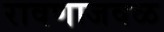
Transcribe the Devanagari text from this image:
रावणाजवळ